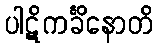
ပါဋိကင်္ခိနောတိ